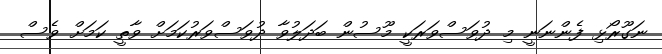
ނަގޫރޯޅި ފެންނަނީ މި ދުވަސްވަރަކީ މޫސުން ބަދަލުވާ ދުވަސްވަރުކަމަށް ވާތީ ކަމަށް ވެސް